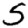
Digit: 5